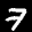
Label: 7